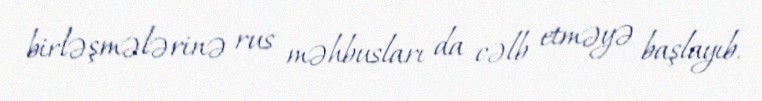
birləşmələrinə rus məhbusları da cəlb etməyə başlayıb.